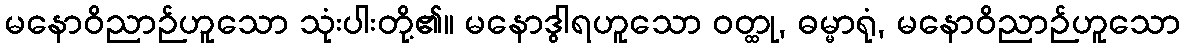
မနောဝိညာဉ်ဟူသော သုံးပါးတို့၏။ မနောဒွါရဟူသော ဝတ္ထု, ဓမ္မာရုံ, မနောဝိညာဉ်ဟူသော